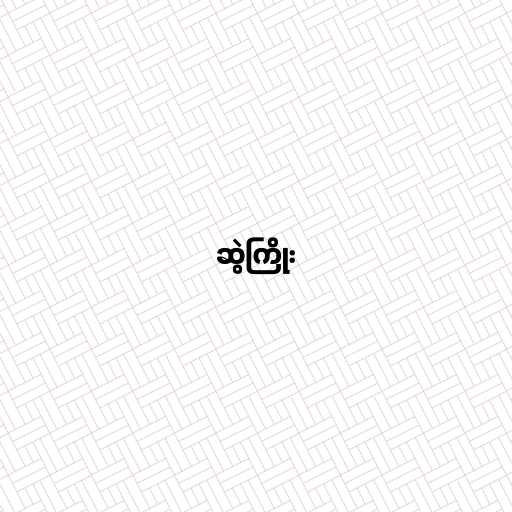
ဆွဲကြိုး